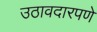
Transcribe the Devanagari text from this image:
उठावदारपणे